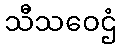
သီသဝေဌံ